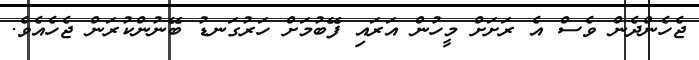
ޖެހެންދެން ވެސް އެ ރަށަށް މީހުން އަރައި ފޭބުމަށް ހަރުގަނޑު ބޭނުންކުރަން ޖެހެއެވެ.